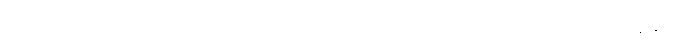
၁၉၄၈ မှာ စွယ်စုံကျမ်း စထုတ်ဖို့ စဉ်းစားတော့ ပြည်ပစွယ်စုံကျမ်းတစောင်ကို ပြန်ဆိုဖို့